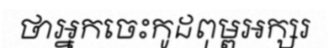
ថាអ្នកចេះកូដពុម្ពអក្សរ